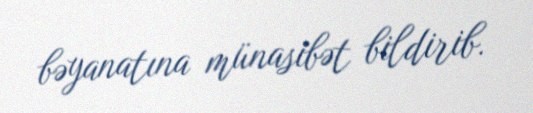
bəyanatına münasibət bildirib.